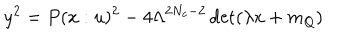
y ^ { 2 } = P ( x : u ) ^ { 2 } - 4 \Lambda ^ { 2 N _ { c } - 2 } \det ( \lambda x + m _ { Q } ) \nonumber